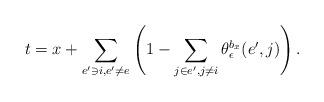
LaTeX: \begin{align*} t = x + \sum_{e' \ni i, e' \neq e} \left ( 1 - \sum_{j \in e', j \neq i} \theta_\epsilon^{b_x}(e' ,j) \right ).\end{align*}